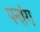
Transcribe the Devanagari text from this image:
पनांग